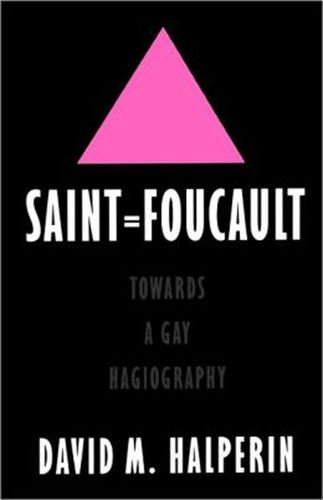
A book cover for Saint Foucault: Towards a Gay Hagiography; David M. Halperin; Gay & Lesbian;